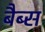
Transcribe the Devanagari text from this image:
बैब्स